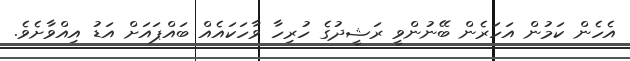
އެހެން ކަމުން އަހަރެން ބޭނުންވީ ރަޝީދުގެ ހުރިހާ ވާހަކައެއް ބައްޕައަށް އަޑު އިއްވާށެވެ.